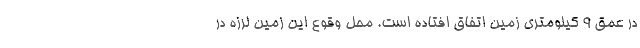
در عمق ۹ کیلومتری زمین اتفاق افتاده است. محل وقوع این زمین لرزه در